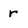
Character: r